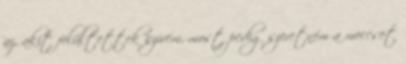
az, akit felültettek szívem, most pedig szeretném a meccset